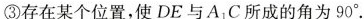
③存在某个位置，使DE与A_{1}C所成的角为90°